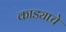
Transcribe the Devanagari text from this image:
काड्याचे